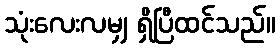
သုံးလေးလမျှ ရှိပြီထင်သည်။